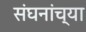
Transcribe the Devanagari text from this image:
संघनांच्या